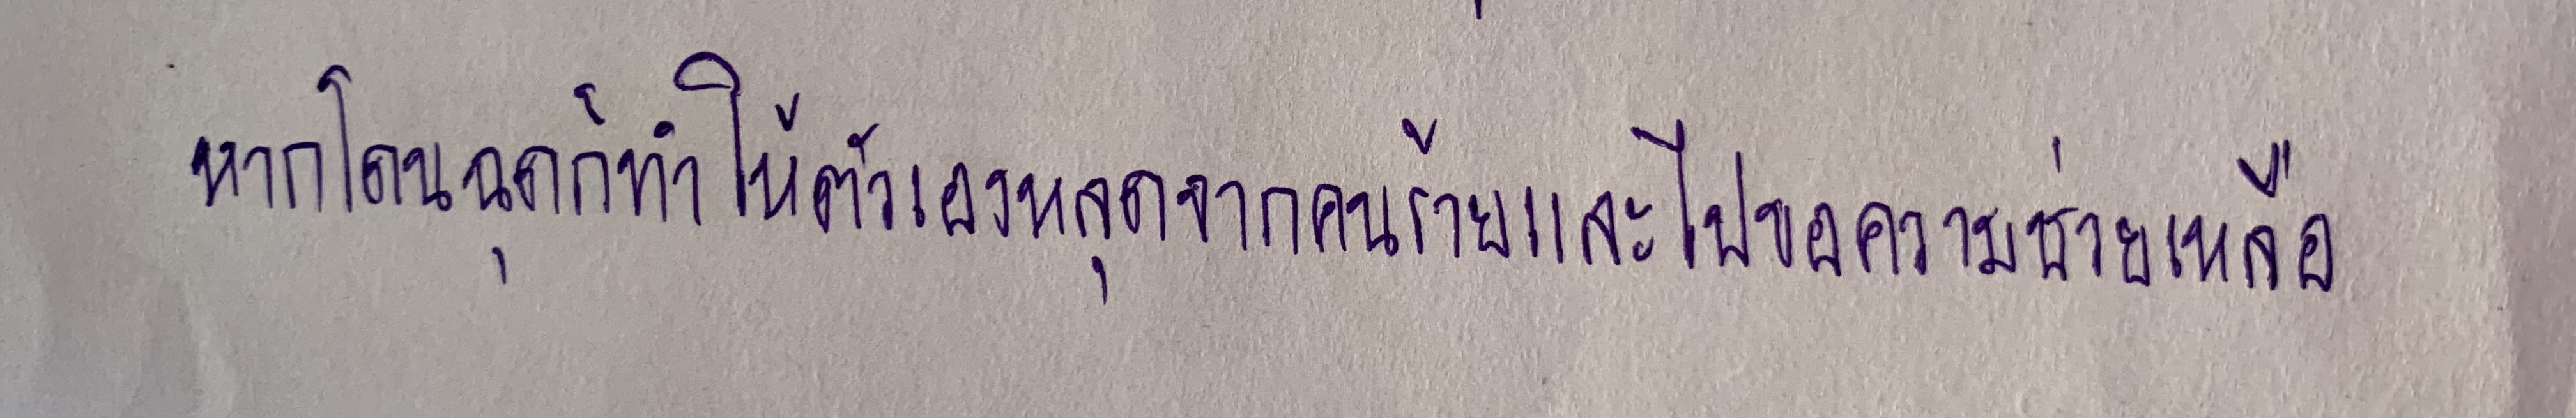
หากโดนฉุดก็ทำให้ตัวเองหลุดจากคนร้ายและไปขอความช่วยเหลือ